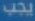
يجب